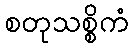
စတုသစ္စိကံ